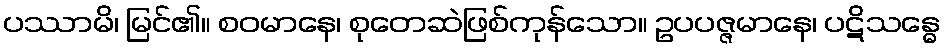
ပဿာမိ၊ မြင်၏။ စဝမာနေ၊ စုတေဆဲဖြစ်ကုန်သော။ ဥပပဇ္ဇမာနေ၊ ပဋိသန္ဓေ